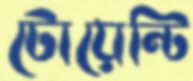
টোয়েন্টি